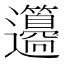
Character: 𨙢